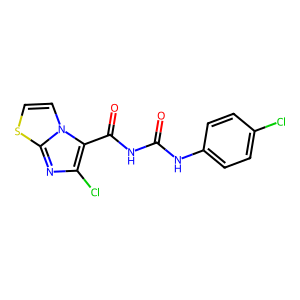
SMILES: O=C(NC(=O)c1c(Cl)nc2sccn12)Nc1ccc(Cl)cc1
Inhibits HIV replication: No